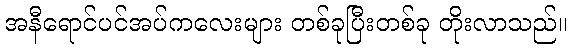
အနီရောင်ပင်အပ်ကလေးများ တစ်ခုပြီးတစ်ခု တိုးလာသည်။